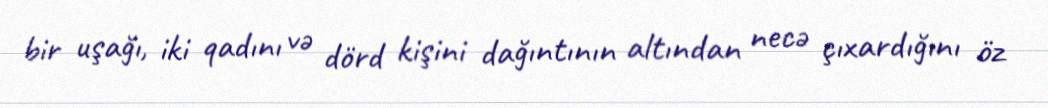
bir uşağı, iki qadını və dörd kişini dağıntının altından necə çıxardığını öz